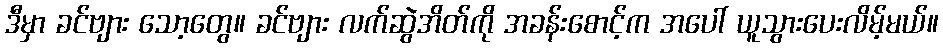
ဒီမှာ ခင်ဗျား သော့တွေ။ ခင်ဗျား လက်ဆွဲအိတ်ကို အခန်းစောင့်က အပေါ် ယူသွားပေးလိမ့်မယ်။